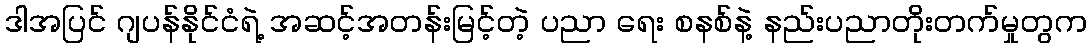
ဒါအပြင် ဂျပန်နိုင်ငံရဲ့ အဆင့်အတန်းမြင့်တဲ့ ပညာ ရေး စနစ်နဲ့ နည်းပညာတိုးတက်မှုတွက